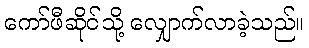
ကော်ဖီဆိုင်သို့ လျှောက်လာခဲ့သည်။